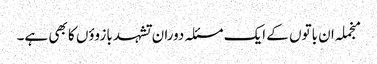
منجملہ ان باتوں کے ایک مسئلہ دوران تشہد بازوؤں کا بھی ہے۔